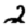
Digit: 2